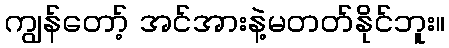
ကျွန်တော့် အင်အားနဲ့မတတ်နိုင်ဘူး။